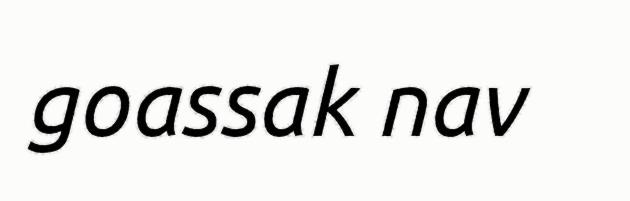
goassak nav